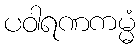
ပဝါရဏကမ္မံ